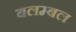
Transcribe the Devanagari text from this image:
बलम्बल